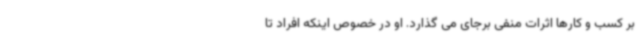
بر کسب و کارها اثرات منفی برجای می گذارد. او در خصوص اینکه افراد تا